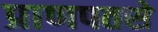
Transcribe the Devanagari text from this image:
प्राणपतसे